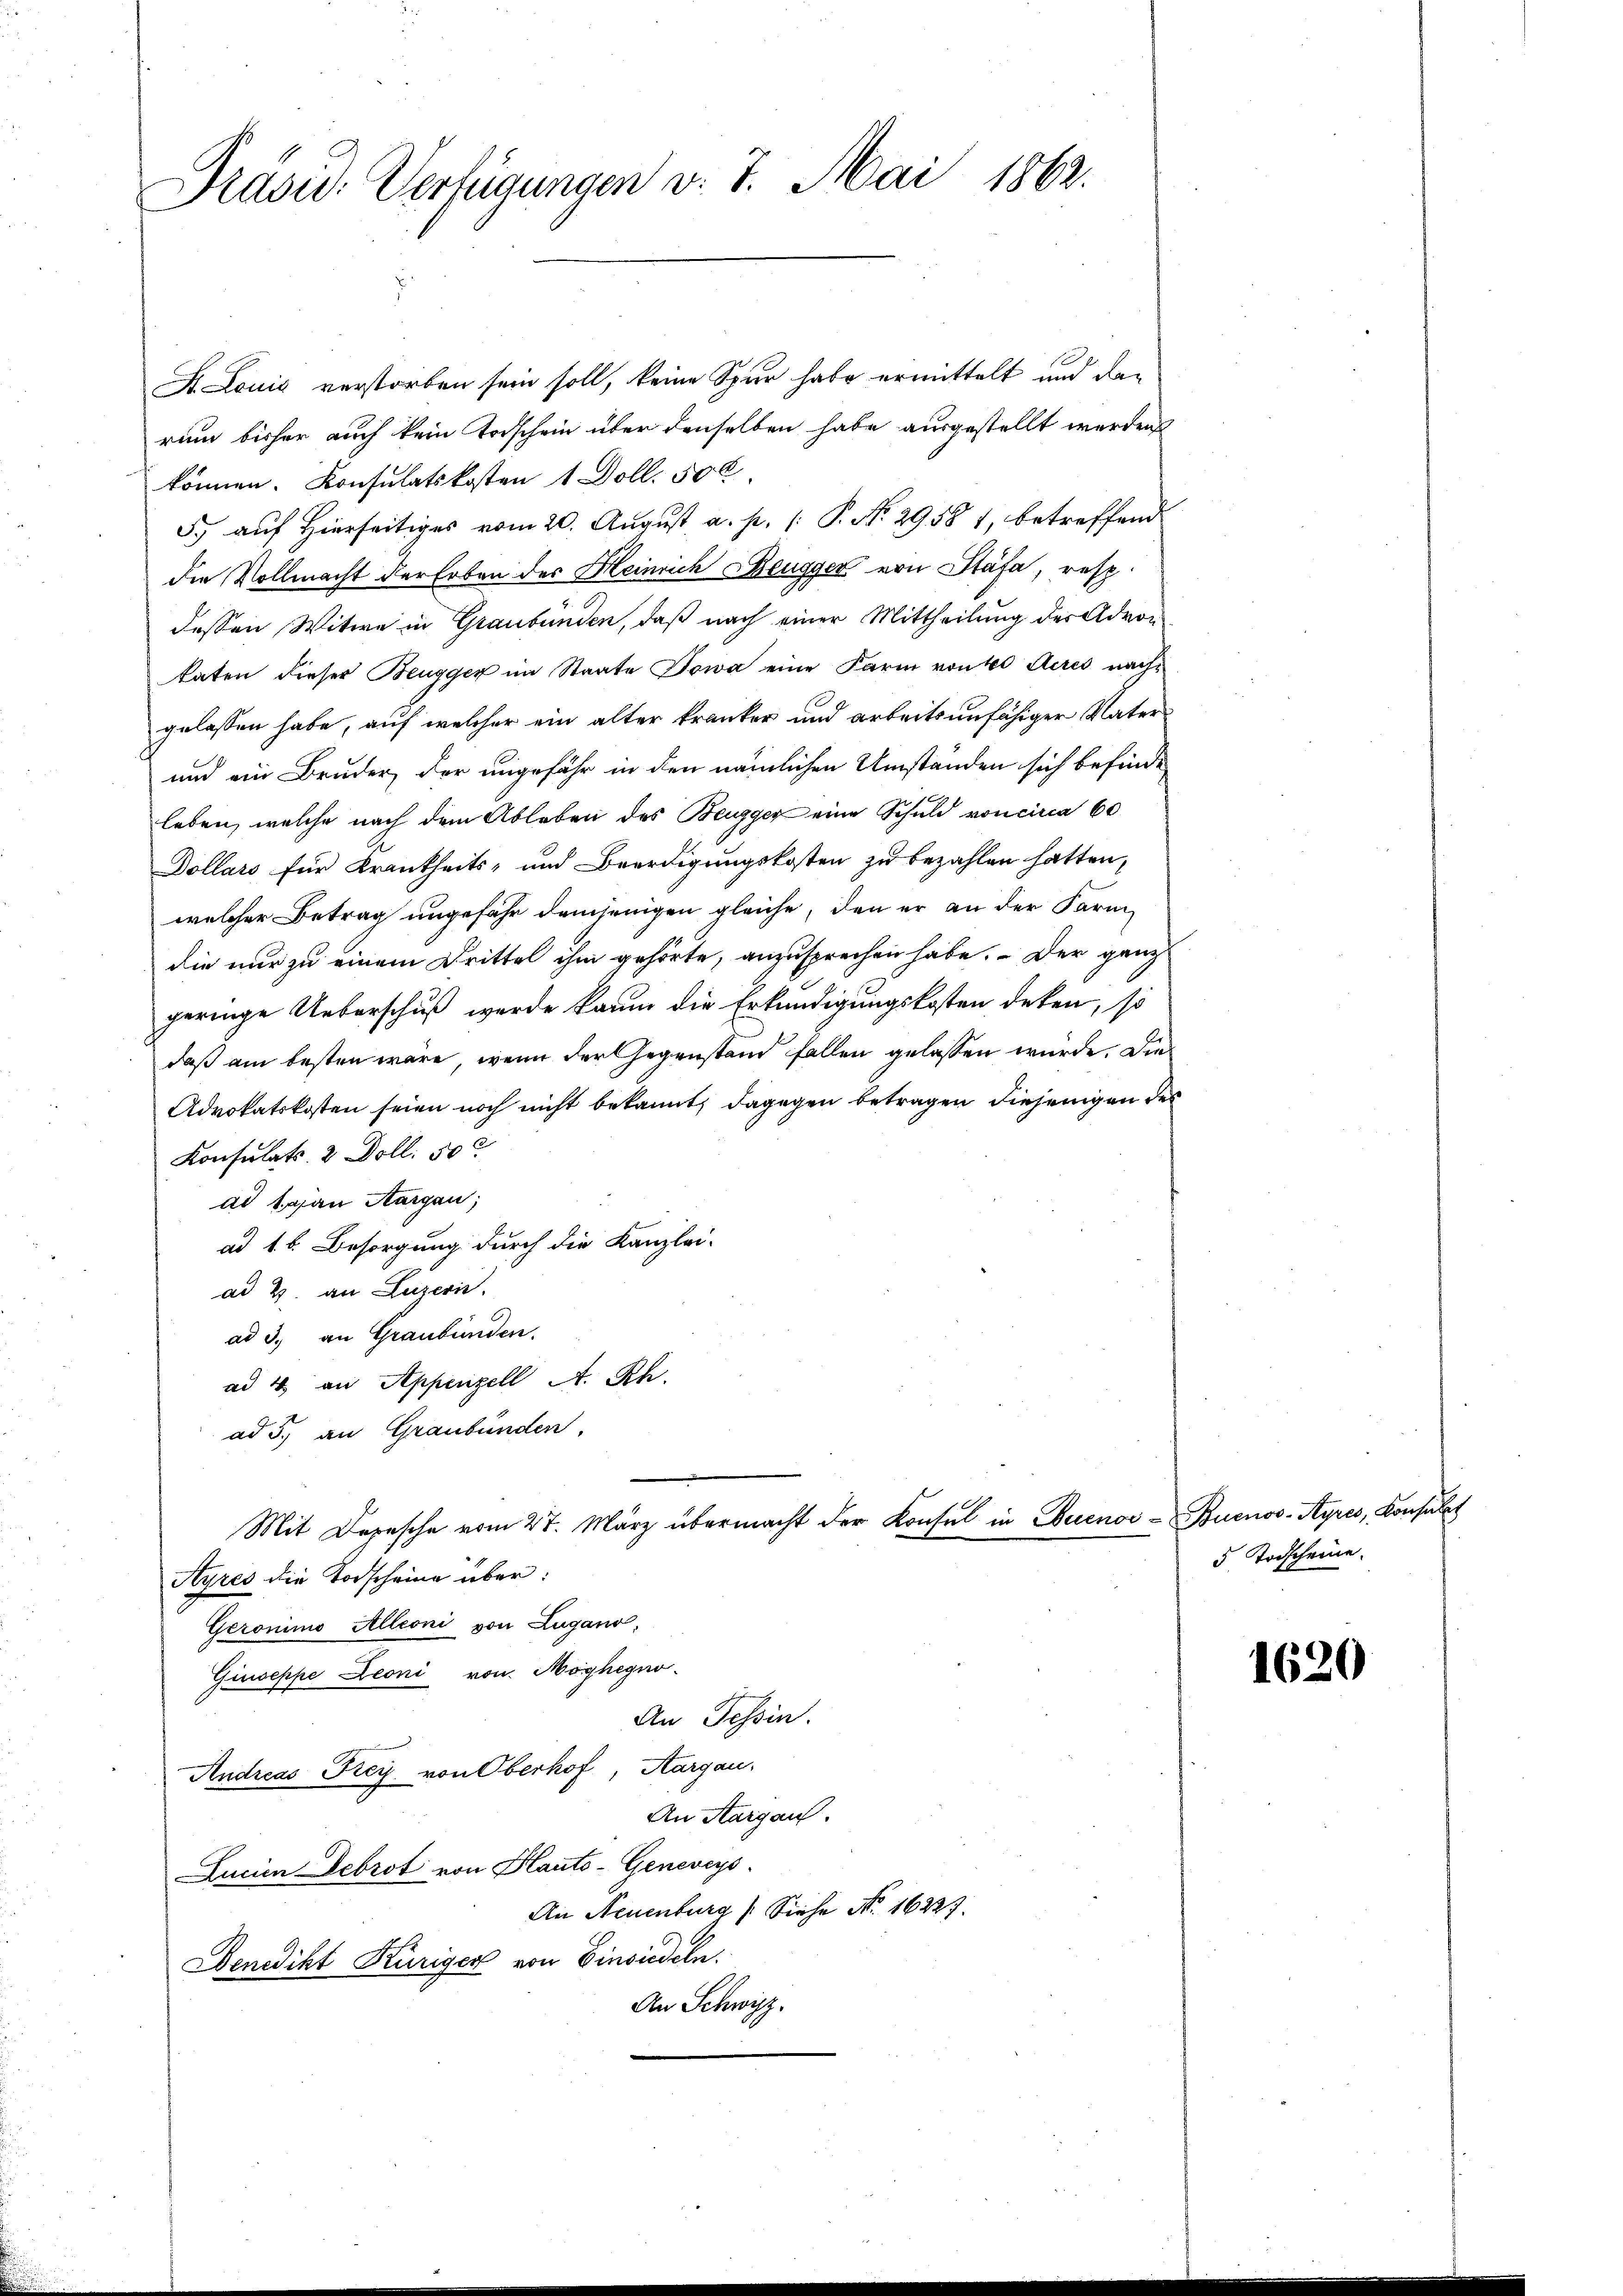
Präsid. Verfügungen v. 7. Mai 1862.

H. Louis verstorben sein soll, keine Spur habe ermittelt und darum bisher auch kein Todschein über denselben habe ausgestellt werden
können. Konsulatskosten 1 Doll. 50 l
5. auf Hierseitiges vom 20. August, a. p. (: P. Nr. 29587, betreffend
die Vollmacht der Erben des Heinrich Beugger von Stäfa, resp.
dessen Witwe in Graubünden, daß nach einer Mittheilung des Advon
katen dieser Beugger im Staate Dowa eine Farm von 40 deres nachgelassen habe, auf welcher ein alter kranker und arbeitsunfähiger Vater
und ein Bruder, der ungefähr in den nämlichen Umständen sich befinde
leben, welche nach dem Ableben des Beugger eine Schuld von circa 60
Dollars für Krankheits- und Beerdigungskosten zu bezahlen hatten,
welcher Betrag ungefähr demjenigen gleiche, den er an der Farm-
die nur zu einem Drittel ihm gehörte, anzusprechen habe. - Der ganz
geringe Ueberschuß wurde kaum die Erkundigungskosten deken, so
daß am besten wäre, wenn der Gegenstand fallen gelassen wurde. Die
Advokatskosten seien noch nicht bekannt, dagegen betragen diejenigen des
Konsulats. 2 Doll. 50
ad Japan Aargau,
ad 1. 6. Besorgung durch die Kanzlei-
ad 2. an Luzern.
ad 3. an Graubünden.
ad 4 an Appenzell A. Rh.
ad 5., an Graubünden,
Mit Depesche vom 27. März übermacht der Konsul in Buenos - Buenos-Ayres, Konsulat
Ayres die Todscheine über:
Geronimo Alleoni von Zugano,
Giuseppe Leoni von Moyhegno-
An Tessin.
Andreas Frey von Oberhof, Aargau,
An Aargau.
Lucian Debrot von Hauto-Geneveys
An Neuenburg (Siehe No. 16223.
Benedikt Küriger von Einsiedeln.
An Schwizz.

5 Todscheine

1620